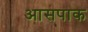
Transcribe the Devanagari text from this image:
आसपाक